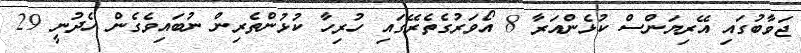
ޖަވާބުގައި އޭރިޔަންސް ކުޅެންއަރާ 8 އޯވަރުގެތެރޭގައި ހުރިހާ ކުޅުންތެރިން ނުބައިވެގެން ހެދުނީ 29